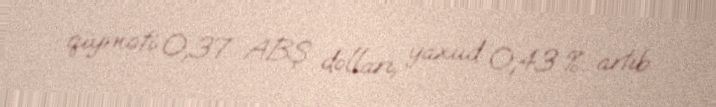
qiyməti 0,37 ABŞ dolları, yaxud 0,43 % artıb.